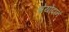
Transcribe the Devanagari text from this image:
श्रेयोदान